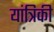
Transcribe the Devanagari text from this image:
यांत्रिकी